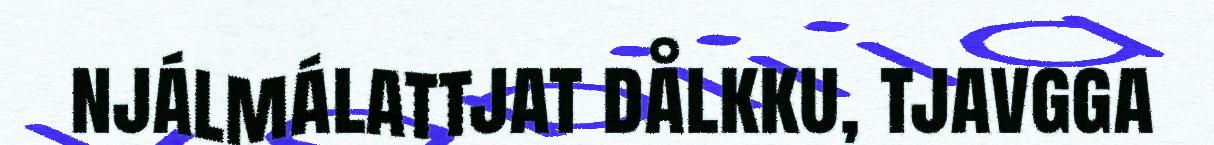
njálmálattjat dålkku, tjavgga